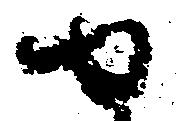
せ